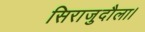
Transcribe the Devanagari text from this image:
सिराजुदौला।